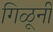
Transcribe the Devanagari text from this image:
गिळूनी